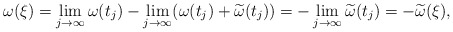
\begin{align*}\omega(\xi)=\lim_{j\to\infty}\omega(t_j)-\lim_{j\to\infty}(\omega(t_j)+\widetilde{\omega}(t_j))=-\lim_{j\to\infty}\widetilde{\omega}(t_j)=-\widetilde{\omega}(\xi),\end{align*}